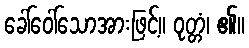
ခေါ်ဝေါ်သောအားဖြင့်။ ဝုတ္တံ၊ ၏။